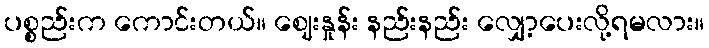
ပစ္စည်းက ကောင်းတယ်။ ဈေးနှုန်း နည်းနည်း လျှော့ပေးလို့ရမလား။